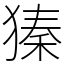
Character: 獉